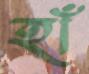
হাঁ